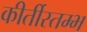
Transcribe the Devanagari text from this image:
कीर्तीस्तम्भ